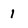
Character: 1